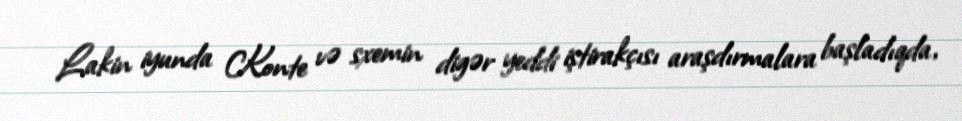
Lakin iyunda Konte və sxemin digər yeddi iştirakçısı araşdırmalara başladıqda,